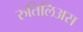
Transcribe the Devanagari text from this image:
रुतिलिअस